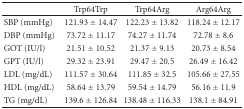
<table><thead><tr><td></td><td><b>Trp64Trp</b></td><td><b>Trp64Arg</b></td><td><b>Arg64Arg</b></td></tr></thead><tbody><tr><td>SBP (mmHg)</td><td>121.93 ± 14.47</td><td>122.23 ± 13.82</td><td>118.24 ± 12.17</td></tr><tr><td>DBP (mmHg)</td><td>73.72 ± 11.17</td><td>74.27 ± 11.74</td><td>72.78 ± 8.6</td></tr><tr><td>GOT (IU/l)</td><td>21.51 ± 10.52</td><td>21.37 ± 9.13</td><td>20.73 ± 8.54</td></tr><tr><td>GPT (IU/l)</td><td>29.32 ± 23.91</td><td>29.47 ± 20.5</td><td>26.49 ± 16.42</td></tr><tr><td>LDL (mg/dL)</td><td>111.57 ± 30.64</td><td>111.85 ± 32.5</td><td>105.66 ± 27.55</td></tr><tr><td>HDL (mg/dL)</td><td>58.64 ± 13.79</td><td>59.54 ± 14.79</td><td>56.16 ± 11.9</td></tr><tr><td>TG (mg/dL)</td><td>139.6 ± 126.84</td><td>138.48 ± 116.33</td><td>138.1 ± 84.91</td></tr></tbody></table>